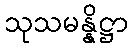
သုသမန္နိဋ္ဌာ